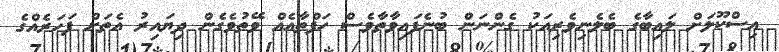
އިސްކޫލަށް ލައިބާގެ ބެލެނިވެރިއަކު ގެންނަން ބުނެފައިވާތާވެސް ހަފްތާއެއް ވޭތުވެގެން ދިޔައިރު އެތަށް ފަހަރެއްގެ